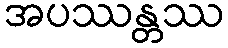
အပဿန္တဿ